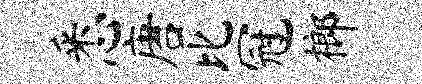
悉唐比冠榔